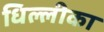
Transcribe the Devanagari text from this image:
धिल्लीका